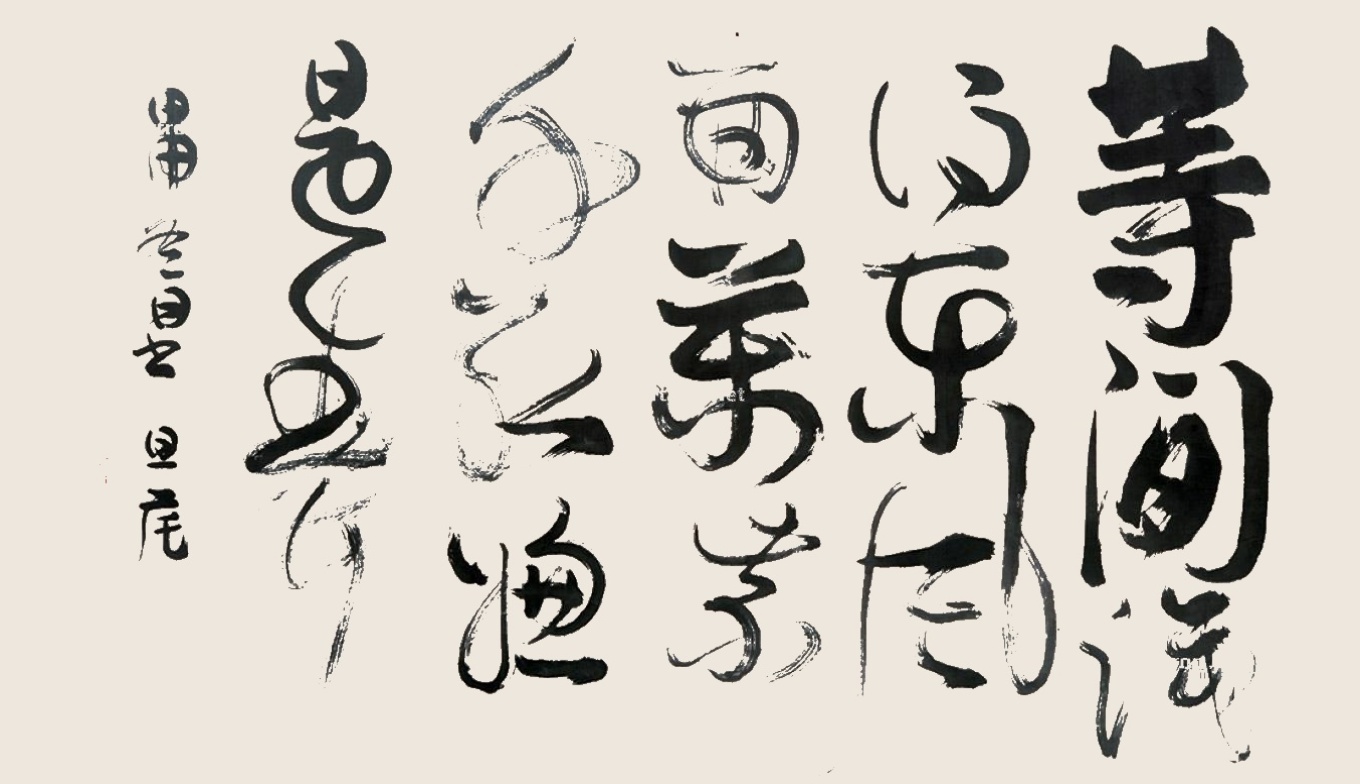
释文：等闲识得东风面,万紫千红总是春。甲申冬日书，旦宅。